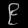
Digit: ၉